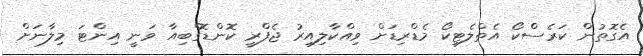
އެގޮތުން ކަރެސްކޯ އެތްލެޓިކޯ މެޑްރިޑަށް ވިއްކާލިއިރު ޖެފްރީ ކޮންޑޮގްބިއާ ވަނީ އިންޓަ މިލާނަށް